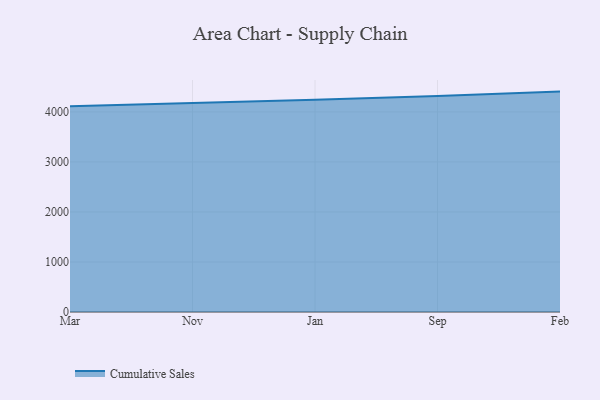
{"axis": {"x": "Month", "y": "Production Output"}, "legend": ["Cumulative Sales"], "data": [{"x": "Mar", "y": 4111.8, "type": "Cumulative Sales"}, {"x": "Nov", "y": 4172.7, "type": "Cumulative Sales"}, {"x": "Jan", "y": 4241.4, "type": "Cumulative Sales"}, {"x": "Sep", "y": 4317.4, "type": "Cumulative Sales"}, {"x": "Feb", "y": 4406.1, "type": "Cumulative Sales"}]}